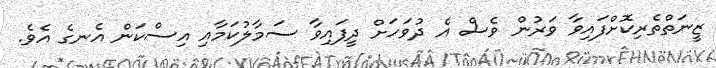
ޒީނަތްތެރިކޮށްފައިވާ ވަރުން ވެސް އެ ދުވަހަށް ދީފައިވާ ސަމާލުކަމާއި އިސްކަން އެނގެ އެވެ.